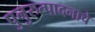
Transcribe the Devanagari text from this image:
पुनुरुत्पादनाचे